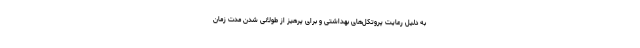
به دلیل رعایت پروتکل‌های بهداشتی و برای پرهیز از طولانی شدن مدت زمان